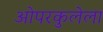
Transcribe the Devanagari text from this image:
ओपरकुलेला